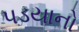
પડયાનો